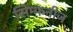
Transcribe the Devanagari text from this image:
सिम्फनीज